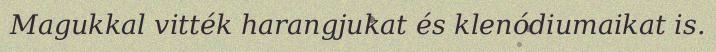
Magukkal vitték harangjukat és klenódiumaikat is.